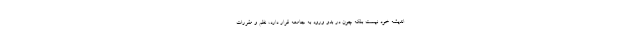
اندیشه خود نیست بلکه چون در بدو ورود به جامعه قرار دارد، نظم و مقررات